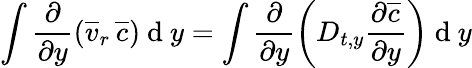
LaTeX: \int\frac{\partial}{\partial y}\left(\overline{{v}}_{r}\, \overline{{c}}\right)\mathrm{~d~}y=\int\frac{\partial}{\partial y}\left(D_{t,y}\frac{\partial\overline{{c}}}{\partial y}\right)\mathrm{~d~}y